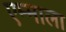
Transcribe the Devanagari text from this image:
एम्माला